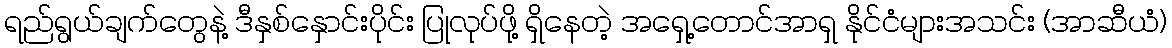
ရည်ရွယ်ချက်တွေနဲ့ ဒီနှစ်နှောင်းပိုင်း ပြုလုပ်ဖို့ ရှိနေတဲ့ အရှေ့တောင်အာရှ နိုင်ငံများအသင်း (အာဆီယံ)